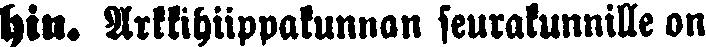
hin. Arkkihiippakunnan seurakunnille on